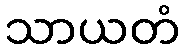
သာယတံ